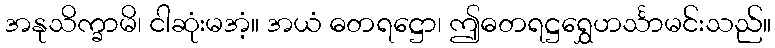
အနုသိက္ခာမိ၊ ငါဆုံးမအံ့။ အယံ ဓတရဋ္ဌော၊ ဤဓတရဋ္ဌရွှေဟင်္သာမင်းသည်။